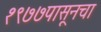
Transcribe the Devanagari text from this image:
१९७७पासूनचा